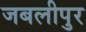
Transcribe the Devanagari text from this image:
जबलीपुर